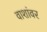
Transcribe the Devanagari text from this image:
वाशांवर